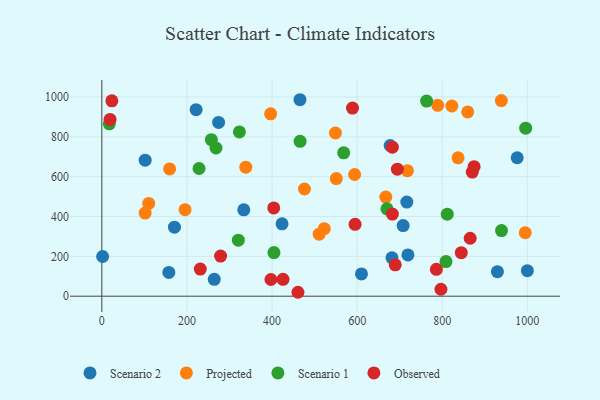
{"axis": {"x": "Speed", "y": "Salary"}, "legend": ["Observed", "Projected", "Scenario 1", "Scenario 2"], "data": [{"x": "610.2", "y": 112.0, "type": "Scenario 2"}, {"x": "274.4", "y": 871.8, "type": "Scenario 2"}, {"x": "1.9", "y": 199.1, "type": "Scenario 2"}, {"x": "677.5", "y": 756.2, "type": "Scenario 2"}, {"x": "423.5", "y": 363.3, "type": "Scenario 2"}, {"x": "221.6", "y": 936.0, "type": "Scenario 2"}, {"x": "170.7", "y": 346.2, "type": "Scenario 2"}, {"x": "465.6", "y": 985.9, "type": "Scenario 2"}, {"x": "264.2", "y": 84.8, "type": "Scenario 2"}, {"x": "929.6", "y": 123.3, "type": "Scenario 2"}, {"x": "333.6", "y": 433.4, "type": "Scenario 2"}, {"x": "719.3", "y": 207.3, "type": "Scenario 2"}, {"x": "708.1", "y": 354.5, "type": "Scenario 2"}, {"x": "1000.0", "y": 128.1, "type": "Scenario 2"}, {"x": "681.8", "y": 192.7, "type": "Scenario 2"}, {"x": "976.1", "y": 694.7, "type": "Scenario 2"}, {"x": "101.9", "y": 682.4, "type": "Scenario 2"}, {"x": "716.7", "y": 472.3, "type": "Scenario 2"}, {"x": "157.5", "y": 119.4, "type": "Scenario 2"}, {"x": "510.7", "y": 311.3, "type": "Projected"}, {"x": "551.0", "y": 590.0, "type": "Projected"}, {"x": "718.1", "y": 630.0, "type": "Projected"}, {"x": "522.8", "y": 338.7, "type": "Projected"}, {"x": "101.8", "y": 417.0, "type": "Projected"}, {"x": "195.6", "y": 434.4, "type": "Projected"}, {"x": "667.3", "y": 497.4, "type": "Projected"}, {"x": "396.7", "y": 915.3, "type": "Projected"}, {"x": "995.0", "y": 318.3, "type": "Projected"}, {"x": "837.1", "y": 694.2, "type": "Projected"}, {"x": "338.3", "y": 647.3, "type": "Projected"}, {"x": "476.2", "y": 537.8, "type": "Projected"}, {"x": "789.2", "y": 957.9, "type": "Projected"}, {"x": "938.8", "y": 981.5, "type": "Projected"}, {"x": "549.0", "y": 819.0, "type": "Projected"}, {"x": "859.8", "y": 924.6, "type": "Projected"}, {"x": "159.3", "y": 638.8, "type": "Projected"}, {"x": "822.6", "y": 954.5, "type": "Projected"}, {"x": "110.2", "y": 465.7, "type": "Projected"}, {"x": "594.0", "y": 610.6, "type": "Projected"}, {"x": "939.2", "y": 329.1, "type": "Scenario 1"}, {"x": "404.5", "y": 219.1, "type": "Scenario 1"}, {"x": "670.1", "y": 438.4, "type": "Scenario 1"}, {"x": "323.3", "y": 824.5, "type": "Scenario 1"}, {"x": "268.3", "y": 743.7, "type": "Scenario 1"}, {"x": "811.7", "y": 411.4, "type": "Scenario 1"}, {"x": "320.8", "y": 281.2, "type": "Scenario 1"}, {"x": "996.0", "y": 843.1, "type": "Scenario 1"}, {"x": "465.9", "y": 777.0, "type": "Scenario 1"}, {"x": "257.4", "y": 785.6, "type": "Scenario 1"}, {"x": "568.4", "y": 719.6, "type": "Scenario 1"}, {"x": "17.6", "y": 864.9, "type": "Scenario 1"}, {"x": "228.5", "y": 640.8, "type": "Scenario 1"}, {"x": "808.7", "y": 173.8, "type": "Scenario 1"}, {"x": "763.2", "y": 979.2, "type": "Scenario 1"}, {"x": "231.4", "y": 136.2, "type": "Observed"}, {"x": "23.6", "y": 980.4, "type": "Observed"}, {"x": "595.1", "y": 360.8, "type": "Observed"}, {"x": "796.9", "y": 34.8, "type": "Observed"}, {"x": "694.6", "y": 637.2, "type": "Observed"}, {"x": "865.6", "y": 290.9, "type": "Observed"}, {"x": "786.2", "y": 134.7, "type": "Observed"}, {"x": "425.8", "y": 84.7, "type": "Observed"}, {"x": "682.7", "y": 747.6, "type": "Observed"}, {"x": "460.9", "y": 19.7, "type": "Observed"}, {"x": "682.7", "y": 412.0, "type": "Observed"}, {"x": "19.4", "y": 887.0, "type": "Observed"}, {"x": "870.5", "y": 623.0, "type": "Observed"}, {"x": "279.1", "y": 201.1, "type": "Observed"}, {"x": "874.8", "y": 650.2, "type": "Observed"}, {"x": "844.7", "y": 218.4, "type": "Observed"}, {"x": "404.0", "y": 443.0, "type": "Observed"}, {"x": "589.1", "y": 943.8, "type": "Observed"}, {"x": "397.4", "y": 83.7, "type": "Observed"}, {"x": "689.5", "y": 157.4, "type": "Observed"}]}